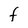
Character: F